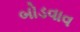
બોડવાવ